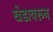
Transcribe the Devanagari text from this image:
खेडावरून